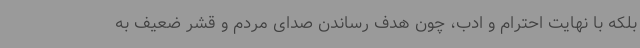
بلکه با نهایت احترام و ادب، چون هدف رساندن صدای مردم و قشر ضعیف به